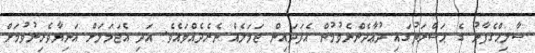
ޞާލިޙްގެފާނު ގެ ޙަޟްރަތުގައި ދުޢާދެންނެވުމުން އެފަދައިން ޖަމަލެއް ނެރެދެއްވައެވެ. އަދި އެޖަމަލަށް އަނިޔާވެރިނުވުމަށް